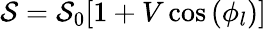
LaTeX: \mathcal{S}=\mathcal{S}_{0}[1+V\cos{(\phi_{l})}]